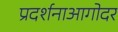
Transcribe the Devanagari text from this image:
प्रदर्शनाआगोदर